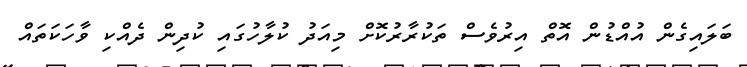
ބަލައިގެން އުއްޑުން އޮތް އިރުވެސް ތަކުރާރުކޮށް މިއަދު ކުލާހުގައި ކުދިން ދެއްކި ވާހަކަތައް